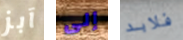
آبز إلى فلابد